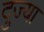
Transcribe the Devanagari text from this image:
दुज्या